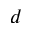
d